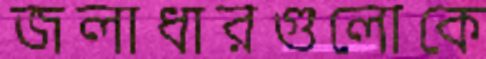
জলাধারগুলোকে